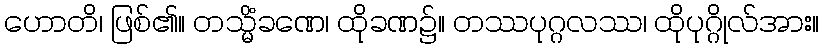
ဟောတိ၊ ဖြစ်၏။ တသ္မိံခဏေ၊ ထိုခဏ၌။ တဿပုဂ္ဂလဿ၊ ထိုပုဂ္ဂိုလ်အား။